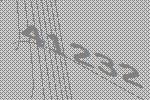
41232